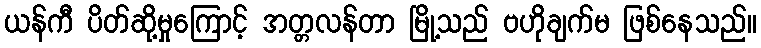
ယန်ကီ ပိတ်ဆို့မှုကြောင့် အတ္တလန်တာ မြို့သည် ဗဟိုချက်မ ဖြစ်နေသည်။